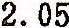
2.05